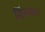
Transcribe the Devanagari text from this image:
विसयन